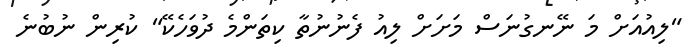
"ލިއުއަށް މަ ނޭނގުނަސް މަށަށް ލިއު ފެނުނުތާ ކިތަންމެ ދުވަހެކޭ" ކުރިން ނުބުނެ